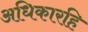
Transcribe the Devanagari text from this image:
अधिकारहि